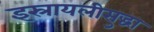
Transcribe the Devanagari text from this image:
इस्रायलीसुद्धा